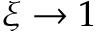
\xi \rightarrow 1